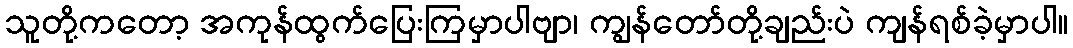
သူတို့ကတော့ အကုန်ထွက်ပြေးကြမှာပါဗျာ၊ ကျွန်တော်တို့ချည်းပဲ ကျန်ရစ်ခဲ့မှာပါ။